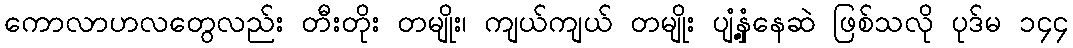
ကောလာဟလတွေလည်း တီးတိုး တမျိုး၊ ကျယ်ကျယ် တမျိုး ပျံ့နှံ့နေဆဲ ဖြစ်သလို ပုဒ်မ ၁၄၄